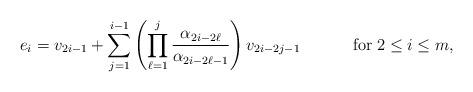
LaTeX: \begin{align*}e_i &= v_{2i-1}+\sum_{j=1}^{i-1} \left( \prod_{\ell=1}^j\frac{\alpha_{2i-2\ell}}{\alpha_{2i-2\ell-1}}\right)v_{2i-2j-1} & \mbox{for}\;2\leq i\leq m,\end{align*}